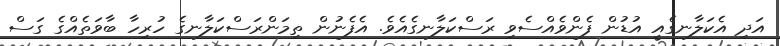
އަދި އެކަލާނގެއީ އުޑުން ފެންވެއްސެވި ރަސްކަލާނގެއެވެ. އެފެނުން ތިމަންރަސްކަލާނގެ ހުރިހާ ބާވަތެއްގެ ގަސް